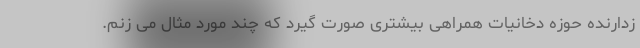
زدارنده حوزه دخانیات همراهی بیشتری صورت گیرد که چند مورد مثال می زنم.